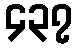
၄၃၇